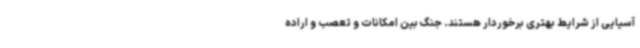
آسیایی از شرایط بهتری برخوردار هستند. جنگ بین امکانات و تعصب و اراده